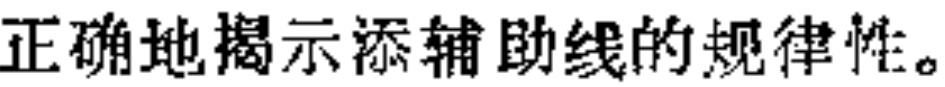
正确地揭示添辅助线的规律性。